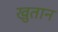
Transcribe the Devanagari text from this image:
खुतान